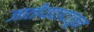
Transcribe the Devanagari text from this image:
जातीयवादातून